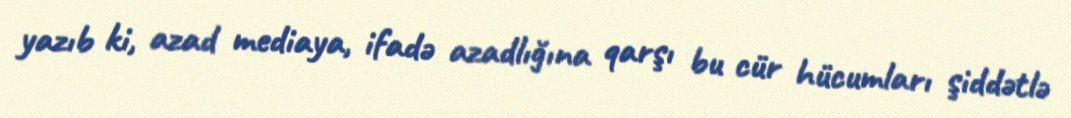
yazıb ki, azad mediaya, ifadə azadlığına qarşı bu cür hücumları şiddətlə